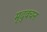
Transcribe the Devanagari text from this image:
मृदुवचन